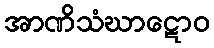
အာဏိသံဃာဋောဝ